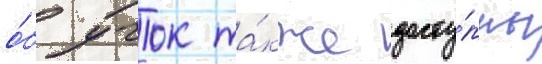
о́б учок та́кже досту́пны